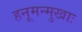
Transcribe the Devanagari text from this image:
हनूमन्मुखाः